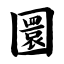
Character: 圜